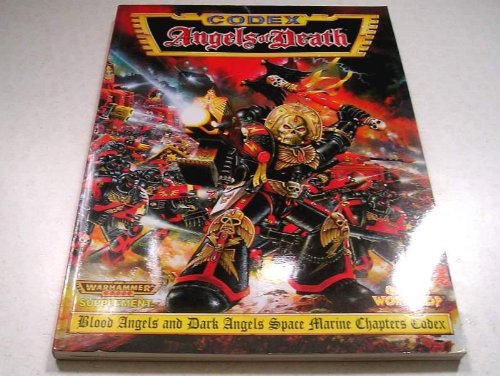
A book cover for Warhammer 40, 000 Codex: Angels of Death; Rick Priestley; Science Fiction & Fantasy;